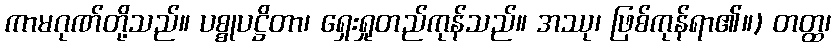
ကာမဂုဏ်တို့သည်။ ပစ္စုပဋ္ဌိတာ၊ ရှေးရှုတည်ကုန်သည်။ အဿု၊ ဖြစ်ကုန်ရာ၏။) တတ္ထ၊